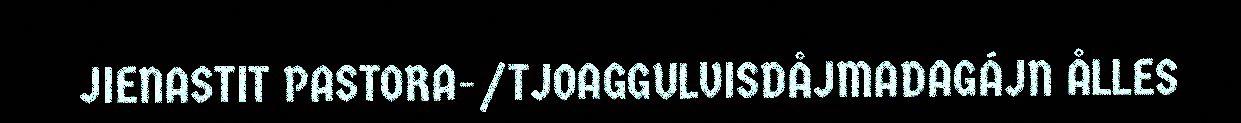
JIENASTIT PASTORA-/TJOAGGULVISDÅJMADAGÁJN ÅLLES